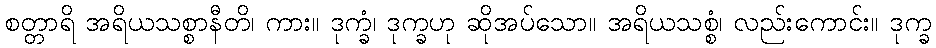
စတ္တာရိ အရိယသစ္စာနီတိ၊ ကား။ ဒုက္ခံ၊ ဒုက္ခဟု ဆိုအပ်သော။ အရိယသစ္စံ၊ လည်းကောင်း။ ဒုက္ခ